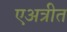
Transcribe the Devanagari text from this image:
एअत्रीत